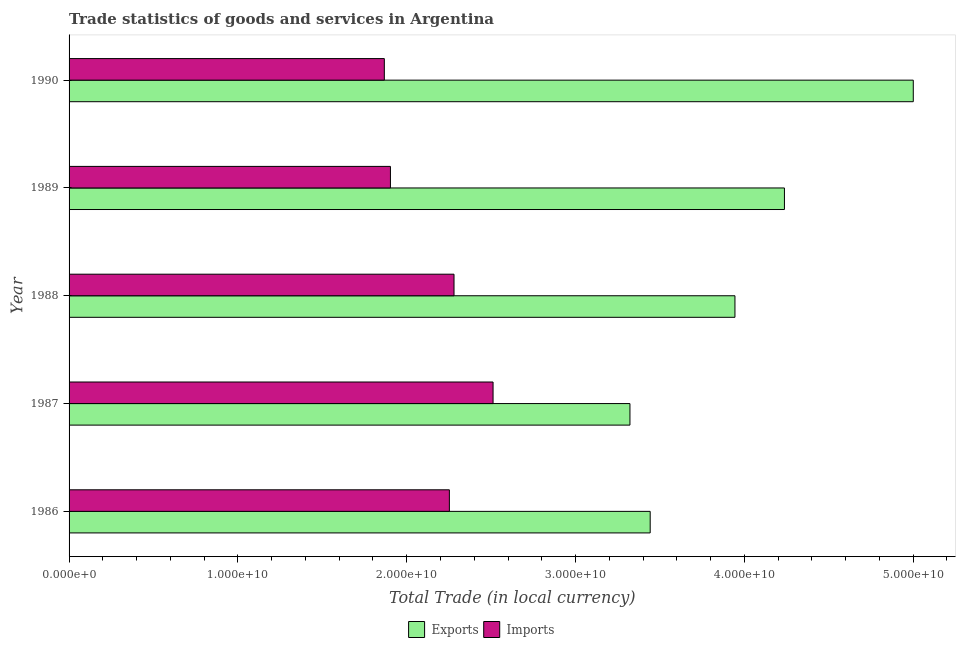
| Year | Exports | Imports |
 | --- | --- | --- |
 | 1986 | 3.44e+10 | 2.25e+10 |
 | 1987 | 3.32e+10 | 2.51e+10 |
 | 1988 | 3.94e+10 | 2.28e+10 |
 | 1989 | 4.24e+10 | 1.9e+10 |
 | 1990 | 5e+10 | 1.87e+10 |